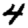
Digit: 4